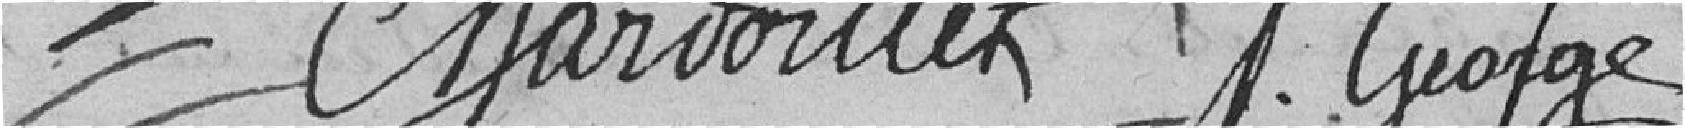
Chardoillet             P.George